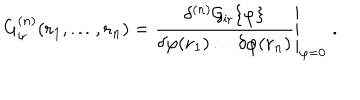
G _ { \mathrm { i r } } ^ { ( n ) } ( { \bf { r } } _ { 1 } , \ldots , { \bf { r } } _ { n } ) = \left. \frac { \delta ^ { ( n ) } { \cal { G } } _ { \mathrm { i r } } \{ \varphi \} } { \delta \varphi ( { \bf { r } } _ { 1 } ) \ldots \delta \varphi ( { \bf { r } } _ { n } ) } \right| _ { \varphi = 0 } \; .